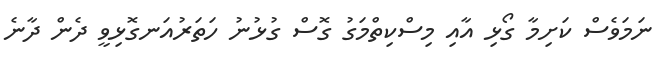
ނަމަވެސް ކަށިމާ ގޯޅި އާއި މިސްކިތްމަގު ގޮސް ގުޅުނު ހަތަރުއަނގޮޅިވީ ދެން ދާނެ